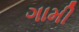
ગામી